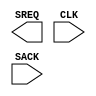
// This program was cloned from: https://github.com/jhshi/openofdm
// License: Apache License 2.0

///////////////////////////////////////////////////////
//  Copyright (c) 1995/2006 Xilinx Inc.
//  All Right Reserved.
///////////////////////////////////////////////////////
//
//   ____   ___
//  /   /\/   / 
// /___/  \  /     Vendor      : Xilinx 
// \  \    \/      Version : 10.1
//  \  \           Description : 
//  /  /                      
// /__/   /\       Filename    : SUSPEND_SYNC.v
// \  \  /  \ 
//  \__\/\__ \                    
//                                 
///////////////////////////////////////////////////////

`timescale 1 ps / 1 ps 

module SUSPEND_SYNC (
  SREQ,
  CLK,
  SACK
);

  output SREQ;

  input CLK;
  input SACK;

endmodule